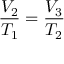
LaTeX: { \frac { V _ { 2 } } { T _ { 1 } } } = { \frac { V _ { 3 } } { T _ { 2 } } }